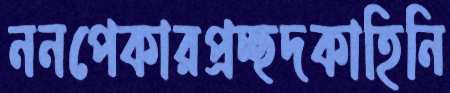
ননপেকারপ্রচ্ছদকাহিনি